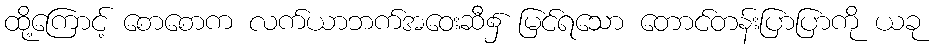
ထို့ကြောင့် စောစောက လက်ယာဘက်အဝေးဆီ၌ မြင်ရသော တောင်တန်းပြာပြာကို ယခု